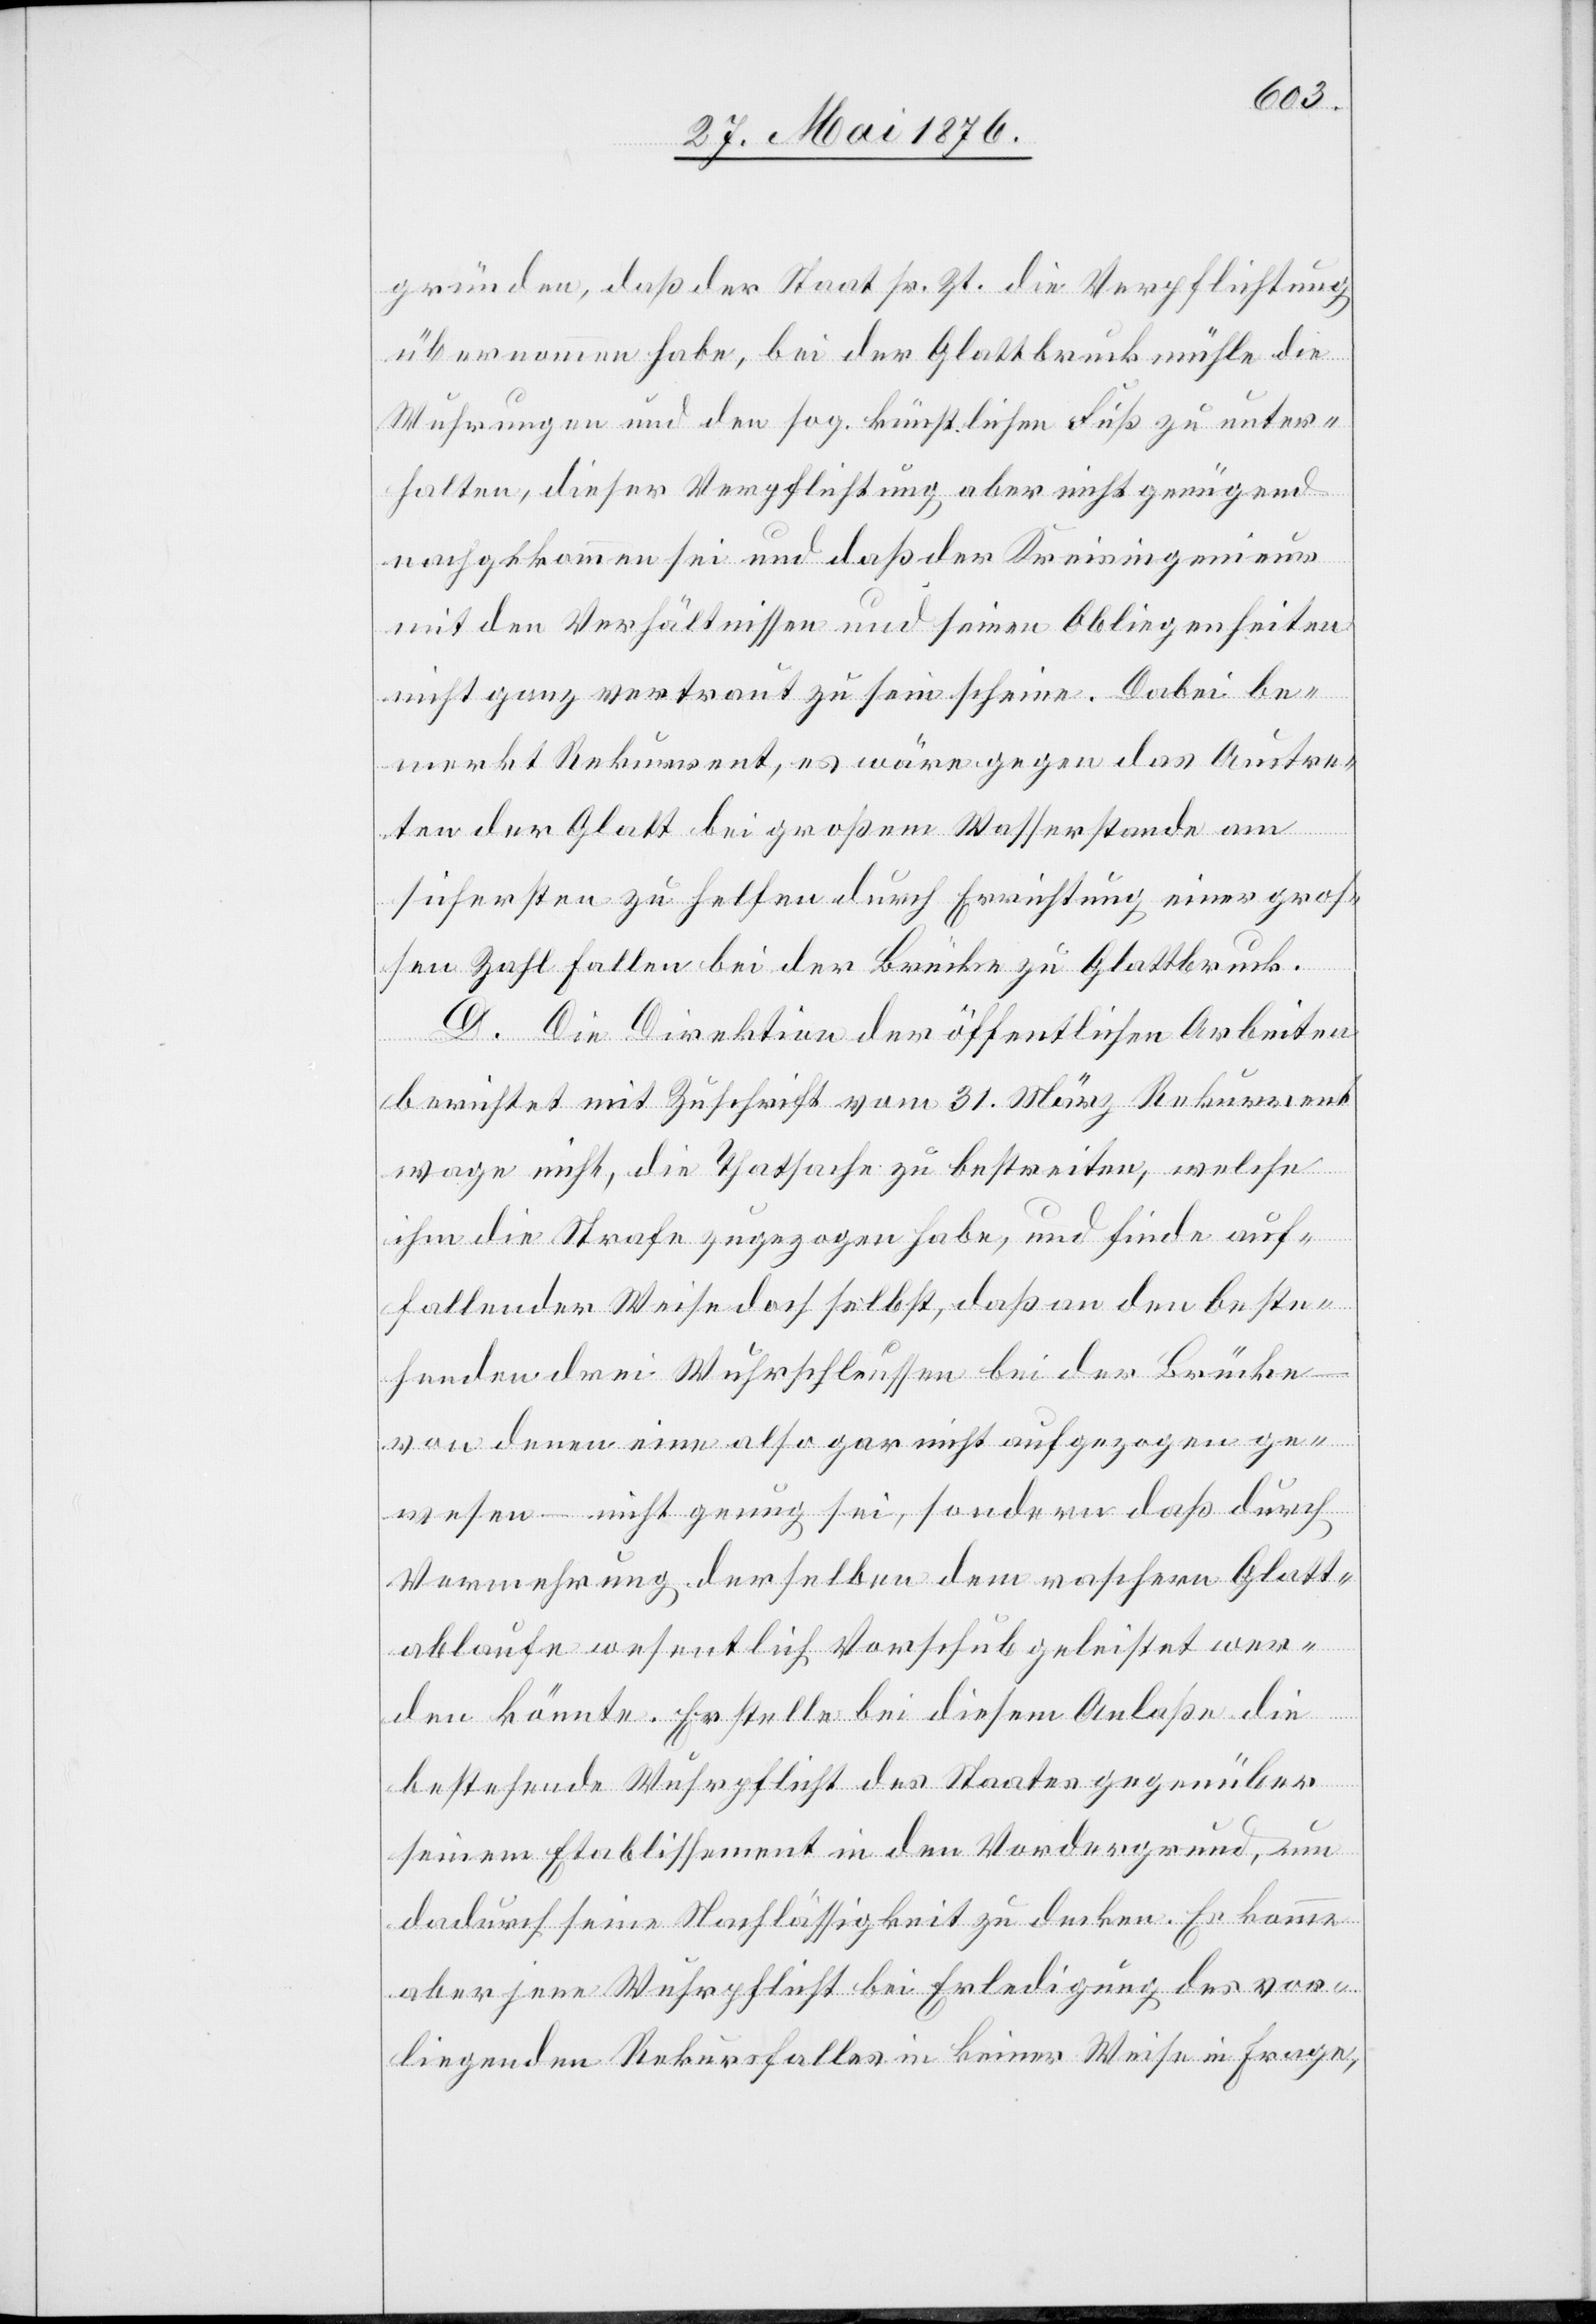
gründen, das der Staat sr. Zt. die Verpflichtung
übernommen habe, bei der Glattbruckmühle
Wuhrungen und den sog. künstlichen Fuß zu unter¬
halten, dieser Verpflichtung aber nicht genügend
nachgekommen sei und das der Kreisingenieur
mit den Verhältnissen und seinen Obliegenheiten
nicht ganz vertraut zu sein scheine. Dabei be¬
merkt Rekurrent, es wäre gegen das Austre¬
ten der Glatt bei großem Wasserstande am
sichersten zu helfen durch Errichtung einer groß¬
en Zahl Fallen bei der Brücke zu Glattbruck.
D. Die Direktion der öffentlichen Arbeiten
berichtet mit Zuschrift vom 31. März Rekurrent
wage nicht, die Thatsache zu bestreiten, welche
ihm die Strafe zugezogen habe, und finde auf¬
fallender Weise doch selbst, daß an den beste¬
henden drei Wuhrschleussen bei der Brücke
– von denen eine also gar nicht aufgezogen ge¬
wesen – nicht genug sei, sondern daß durch
Vermehrung derselben dem raschen Glatt¬
ablaufe wesentlich Vorschub geleistet wer¬
die
den könnte. Er stelle bei diesem Anlaße die
bestehende Wuhrpflicht des Staates gegenüber
seinem Etablissement in den Vordergrund, um
dadurch seine Nachlässigkeit zu decken. Es komme
aber jene Wuhrpflicht bei Erledigung des vor¬
liegenden Rekursfalles in keiner Weise in Frage,